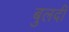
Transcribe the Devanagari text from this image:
बुलदी